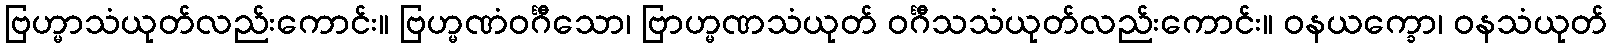
ဗြဟ္မာသံယုတ်လည်းကောင်း။ ဗြဟ္မဏံဝင်္ဂီသော၊ ဗြာဟ္မဏသံယုတ် ဝင်္ဂီသသံယုတ်လည်းကောင်း။ ဝနယက္ခော၊ ဝနသံယုတ်